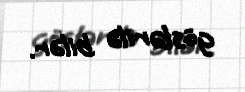
göstərilə bilər.